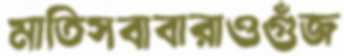
মাতিসবাবারাওগুঁজ